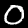
Label: 0